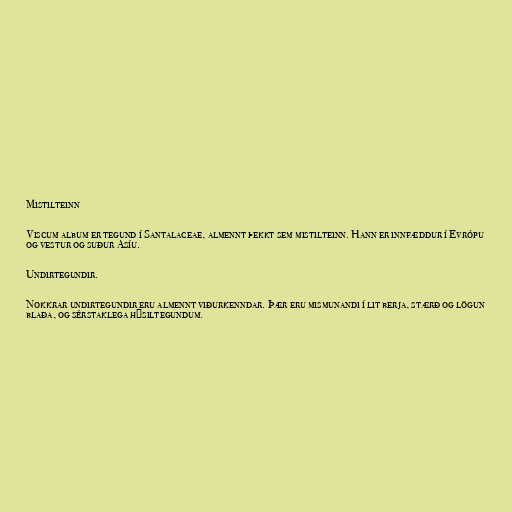
Mistilteinn

Viscum album er tegund í Santalaceae, almennt þekkt sem mistilteinn. Hann er innfæddur í Evrópu
og vestur og suður Asíu.

Undirtegundir.

Nokkrar undirtegundir eru almennt viðurkenndar. Þær eru mismunandi í lit berja, stærð og lögun
blaða, og sérstaklega hýsiltegundum.